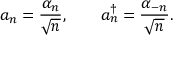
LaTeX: a _ { n } = \frac { \alpha _ { n } } { \sqrt { n } } , \qquad a _ { n } ^ { \dag } = \frac { \alpha _ { - n } } { \sqrt { n } } .